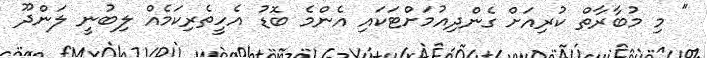
" މި މުބާރާތް ކުރިއަށް ގެންދިއުމަށްޓަކައި އެންމެ ބޮޑު އެހީތެރިކަމެއް ލިބުނީ ލަންދޫ